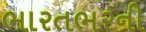
ભારતભરની